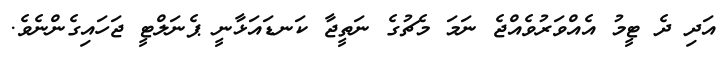
އަދި ދެ ޓީމު އެއްވަރުވެއްޖެ ނަމަ މެޗުގެ ނަތީޖާ ކަނޑައަޅާނީ ޕެނަލްޓީ ޖަހައިގެންނެވެ.